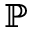
\mathbb { P }